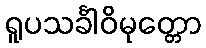
ရူပသင်္ခါဝိမုတ္တော